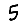
Digit: 5